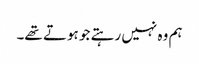
ہم وہ نہیں رہتے جو ہوتے تھے۔